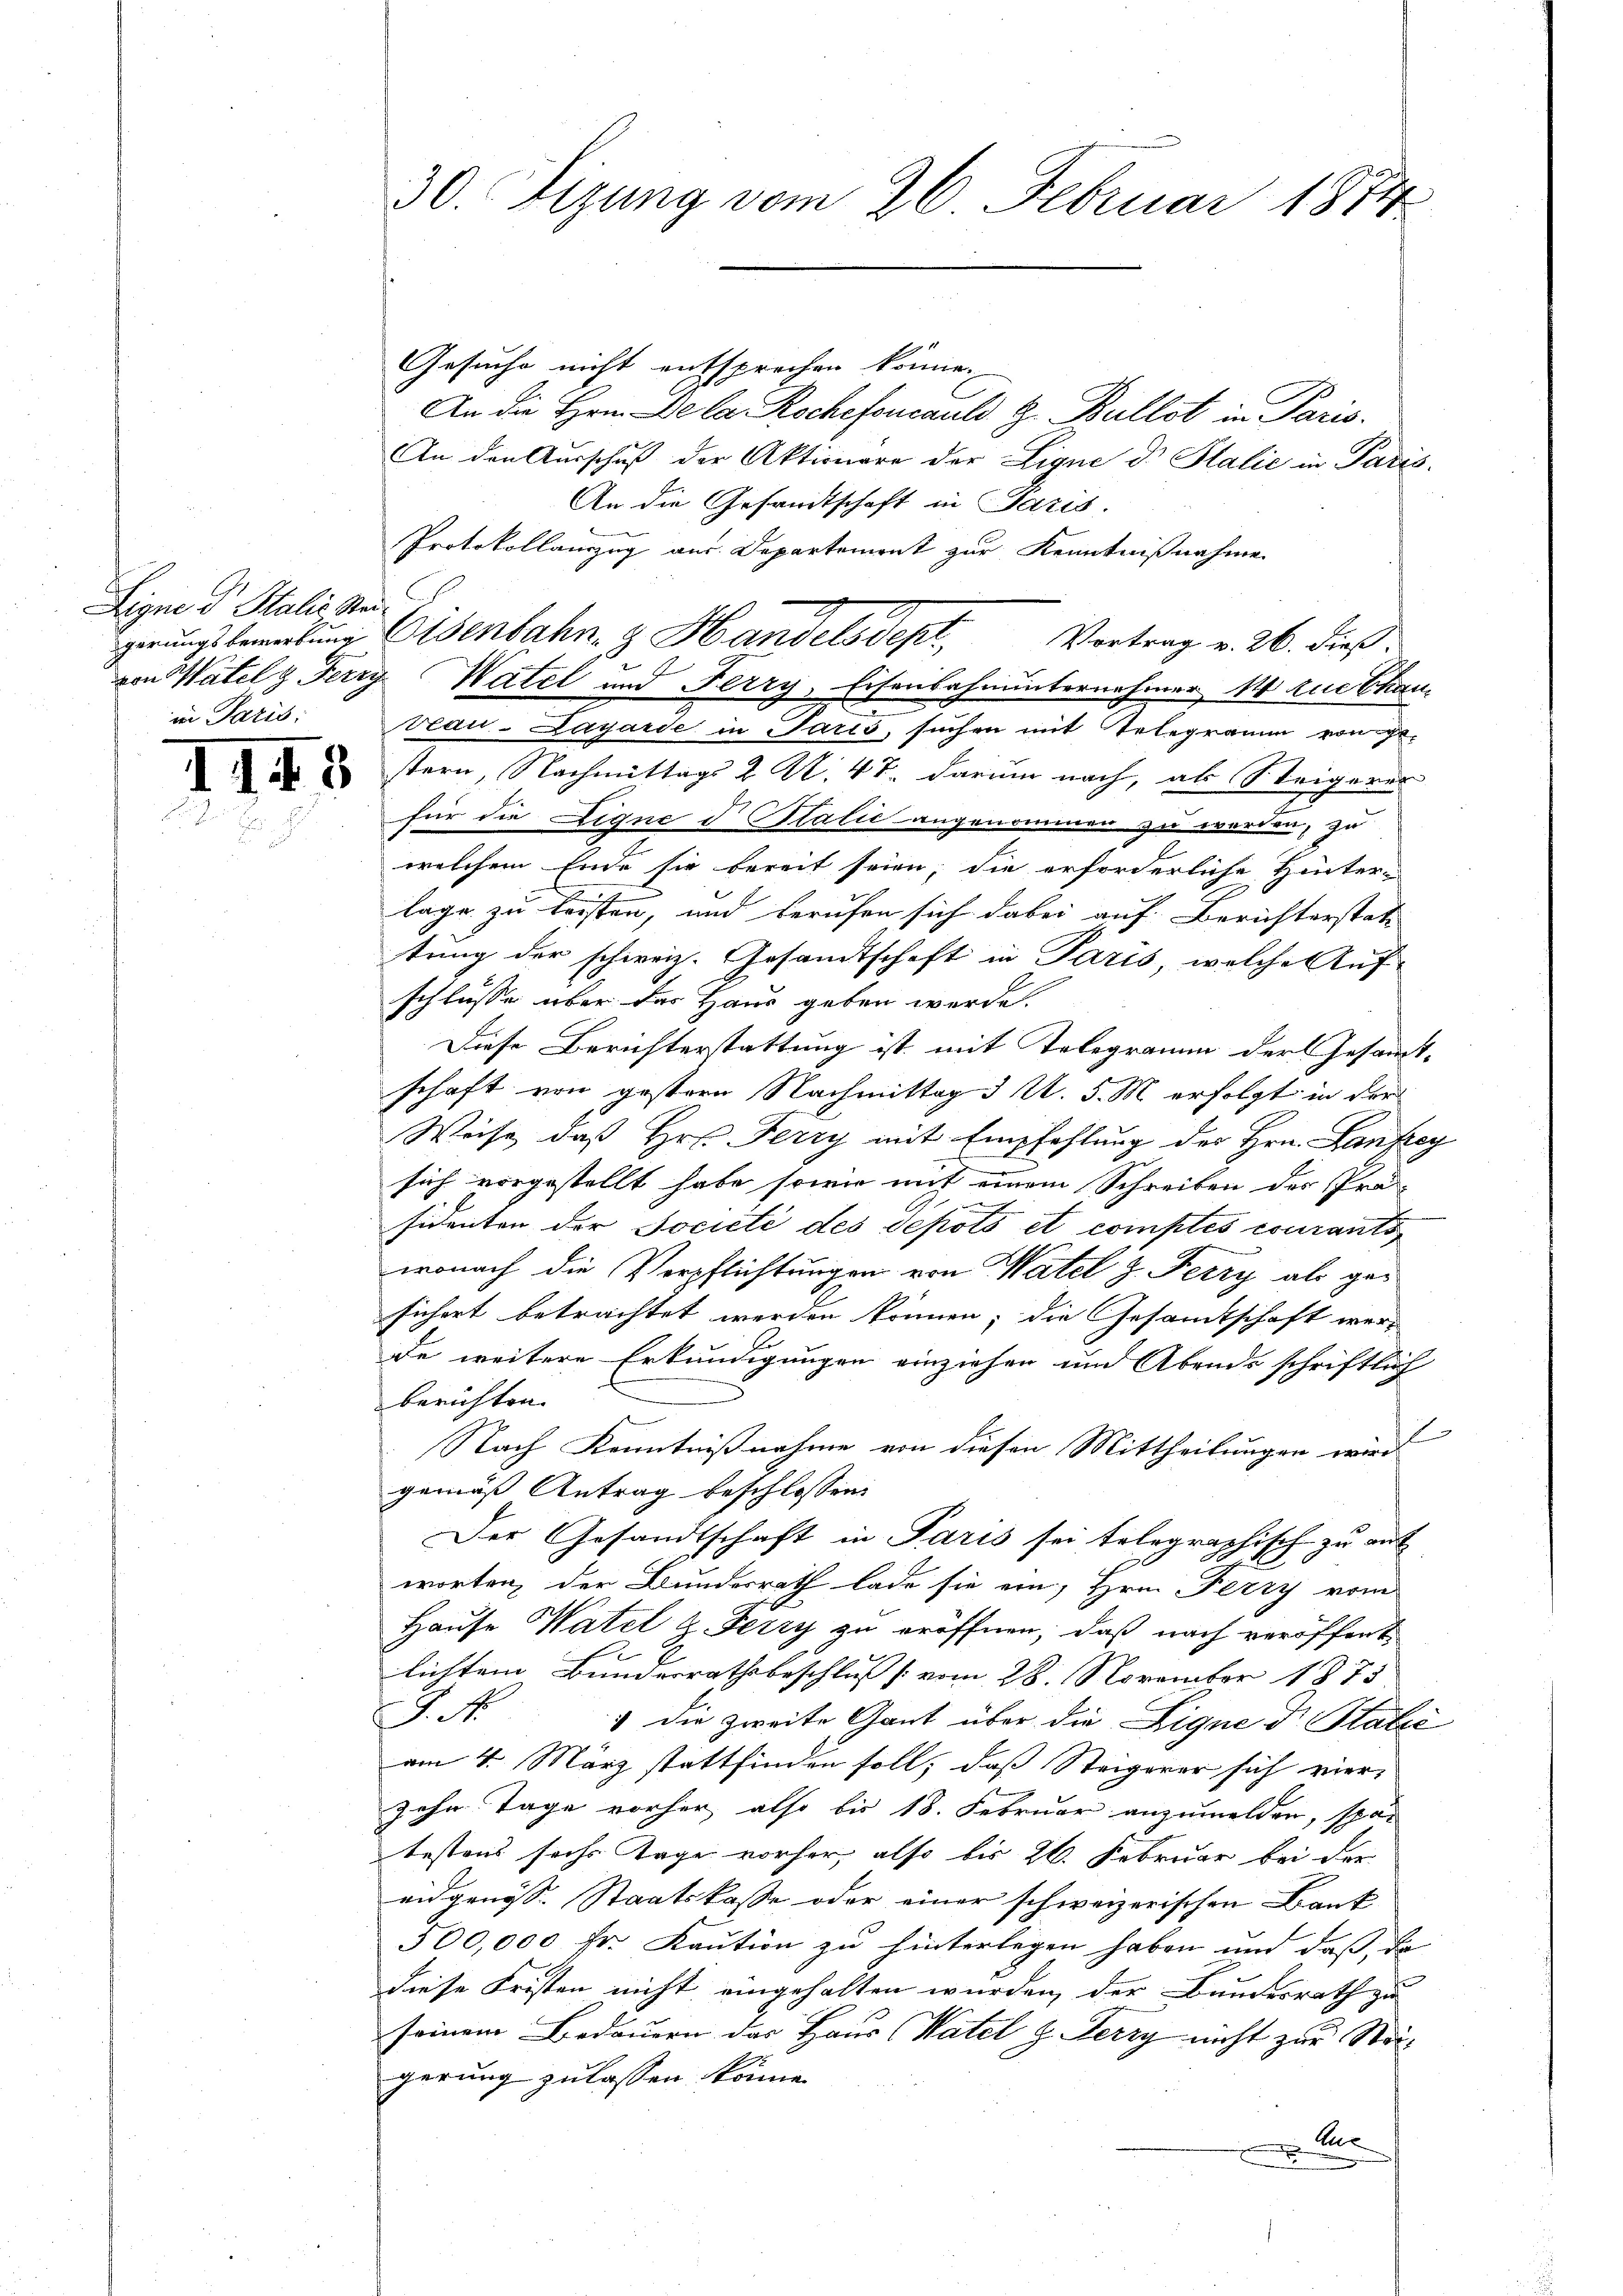
Eigne der Stalis Stei

Gesuche nicht entsprochen könne.
An die Hrn. De la Rochefoncauld z. Bullot in Paris.
An der Ausschuß der Aktionare der Ligne d. Stalie in Padis
An die Gesandtschaft in Paris.
Protokollauszug aus Departement zur Kenntnißnahme
Vortrag v. 26. dieß.
vcau-Layarde in Paris, suchen mit Telegramm von geustern, Nachmittags 2 S. 47. darum nach, als Steigeres
für die Lique d Stalić angenommen zu werden, zu
welchem Ende sie bereit seien, die erforderliche Hinterlage zu leisten, und berufen sich dabei auf Berichterstat
tung der schweiz. Gesandtschaft in Paris, welche Aufschlusse über das Haus geben werde.
Diese Berichterstattung ist mit Telegramm der Gesandt-
schaft von gestern Nachmittag 3 U. 5. M. erfolgt in der
Weise, daß Hr. Ferry mit Empfehlung der Hrn. Hanfrey
sich vorgestellt habe, sowie mit einem Schreiben des Prä-
sidenten der Jocieté des Sepots et comples courants
wonach die Verpflichtungen von Watel z. Ferzy als gesichert betrachtet werden können; die Gesandtschaft werde weitere Erkundigungen einziehen und Abends schriftlich
berichten.
Nach Kenntnißnahme von diesen Mittheilungen wird
gemäß Antrag beschlossen:
Der Gesandtschaft in Paris sei telegraphisch zu auf
worten, der Bundesrath lade sie ein, Hrn. Ferry vom
Hause Watel z. Ferry zu eröffnen, daß nach veröffent
lichtem Bundesrathsbeschluß vom 28. November 1873
k
& die zweite Gant über die Ligne Dr. Statie
am 4. März stattfinden soll, daß Steigerer sich vier,

zehn Tage vorher also bis 18. Februar anzumelden, spar
bestens sechs Tage vorher, also bis 26. Februar bei der
eidgenöss. Staatskasse oder einer schweizerischen Bank
500,000 Fr. Kaution zu hinterlegen haben und daß, da
diese Fristen nicht eingehalten wurden, der Bundesrath zu
seinem Bedauern das Haus Katel z. Ferry nicht zur Steigerung zu lassen könne.
A

30. Sizung vom 26. Februar 1874

gerungsbemerkung Eisenbahn- & Handels depl
von Watel & Ferry Watel und Ferry, Eisenbahnunternehmer 1 Aue than